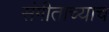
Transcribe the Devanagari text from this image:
संगीताच्याच